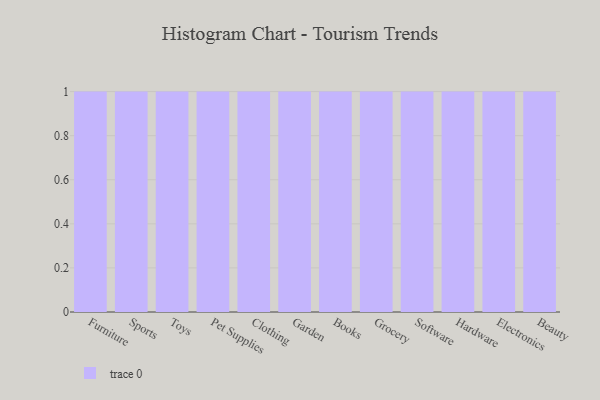
{"axis": {"x": "Category", "y": "Backlog"}, "legend": [""], "data": [{"x": "Furniture", "y": 40, "type": ""}, {"x": "Sports", "y": 72, "type": ""}, {"x": "Toys", "y": 97, "type": ""}, {"x": "Pet Supplies", "y": 25, "type": ""}, {"x": "Clothing", "y": 22, "type": ""}, {"x": "Garden", "y": 37, "type": ""}, {"x": "Books", "y": 72, "type": ""}, {"x": "Grocery", "y": 95, "type": ""}, {"x": "Software", "y": 71, "type": ""}, {"x": "Hardware", "y": 72, "type": ""}, {"x": "Electronics", "y": 13, "type": ""}, {"x": "Beauty", "y": 20, "type": ""}]}